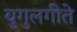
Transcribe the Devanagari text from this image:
युगुलगीते